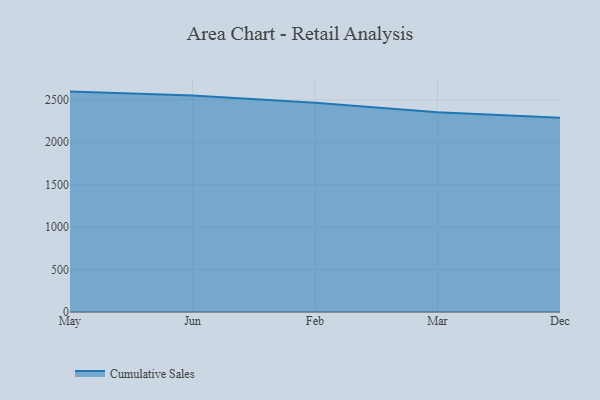
{"axis": {"x": "Month", "y": "Population (Million)"}, "legend": ["Cumulative Sales"], "data": [{"x": "May", "y": 2596.0, "type": "Cumulative Sales"}, {"x": "Jun", "y": 2549.9, "type": "Cumulative Sales"}, {"x": "Feb", "y": 2465.3, "type": "Cumulative Sales"}, {"x": "Mar", "y": 2352.3, "type": "Cumulative Sales"}, {"x": "Dec", "y": 2288.7, "type": "Cumulative Sales"}]}